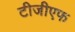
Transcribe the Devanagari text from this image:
टीजीएफ